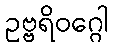
ဥဗ္ဗရိဝဂ္ဂေါ